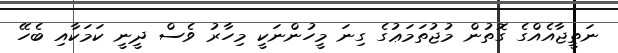
ނަތީޖާއެއްގެ ގޮތުން މުޖުތަމަޢުގެ ގިނަ މީހުންނަކީ މިހާރު ވެސް ދީނީ ކަމަކާއި ބެހޭ